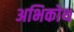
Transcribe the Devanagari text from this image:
अभिकोथ